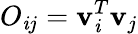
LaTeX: O_{\mathit{i}j}={\mathbf{v}}_{\mathit{i}}^{T}{\mathbf{v}}_{j}